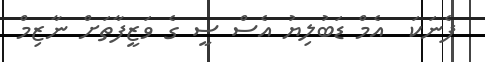
ފެނަކަ  އެމް ޑަބުލިޔު އެސް ސީ ގެ ވަޒީފާތަށް ނާޒިމް